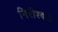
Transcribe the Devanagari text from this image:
निरीश्वर।